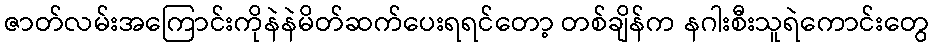
ဇာတ်လမ်းအကြောင်းကိုနဲနဲမိတ်ဆက်ပေးရရင်တော့ တစ်ချိန်က နဂါးစီးသူရဲကောင်းတွေ